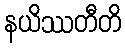
နယိဿတီတိ